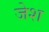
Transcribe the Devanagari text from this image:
जेश